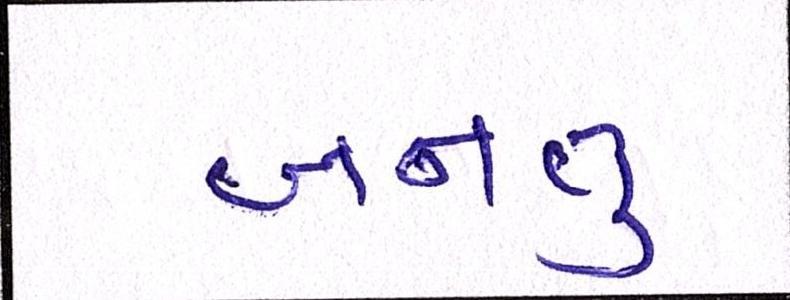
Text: બનતુ